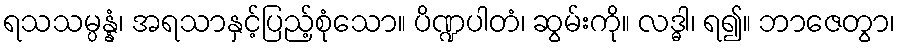
ရသသမ္ပန္နံ၊ အရသာနှင့်ပြည့်စုံသော။ ပိဏ္ဍပါတံ၊ ဆွမ်းကို။ လဒ္ဓါ၊ ရ၍။ ဘာဇေတွာ၊